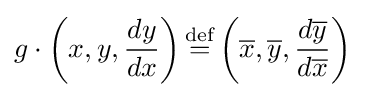
g\cdot \left(x,y,{\frac {dy}{dx}}\right){\stackrel {\text{def}}{=}}\left({\overline {x}},{\overline {y}},{\frac {d{\overline {y}}}{d{\overline {x}}}}\right)